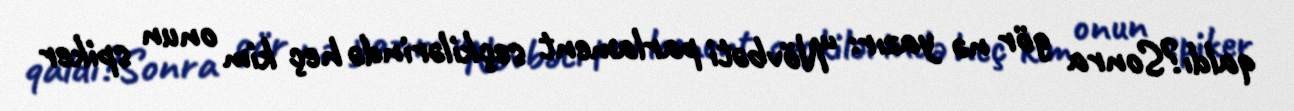
qaldı?Sonra gör nə yazır: “Növbəti parlament seçkilərində heç kim onun spiker